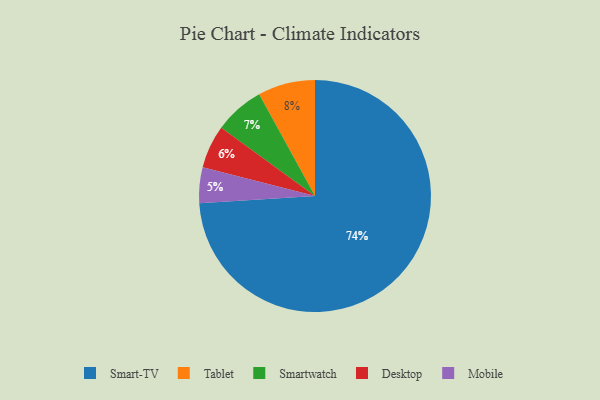
{"axis": {"x": "Category", "y": "Percentage"}, "legend": ["Desktop", "Mobile", "Smart-TV", "Smartwatch", "Tablet"], "data": [{"x": "Mobile", "y": 5, "type": "Mobile"}, {"x": "Tablet", "y": 8, "type": "Tablet"}, {"x": "Desktop", "y": 6, "type": "Desktop"}, {"x": "Smart-TV", "y": 74, "type": "Smart-TV"}, {"x": "Smartwatch", "y": 7, "type": "Smartwatch"}]}